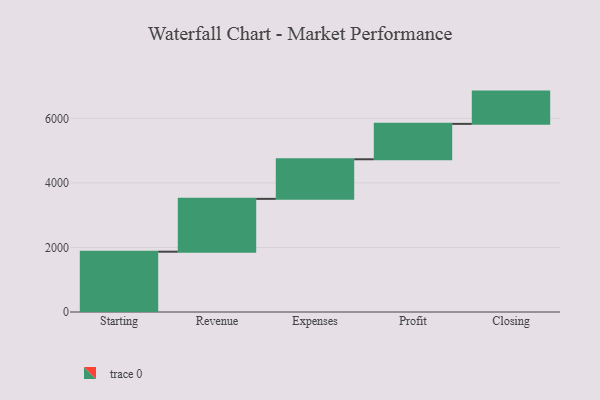
{"axis": {"x": "Step", "y": "Value"}, "legend": [""], "data": [{"x": "Starting", "y": 1869.0, "type": ""}, {"x": "Revenue", "y": 1637.0, "type": ""}, {"x": "Expenses", "y": 1227.0, "type": ""}, {"x": "Profit", "y": 1097.0, "type": ""}, {"x": "Closing", "y": 1000, "type": ""}]}